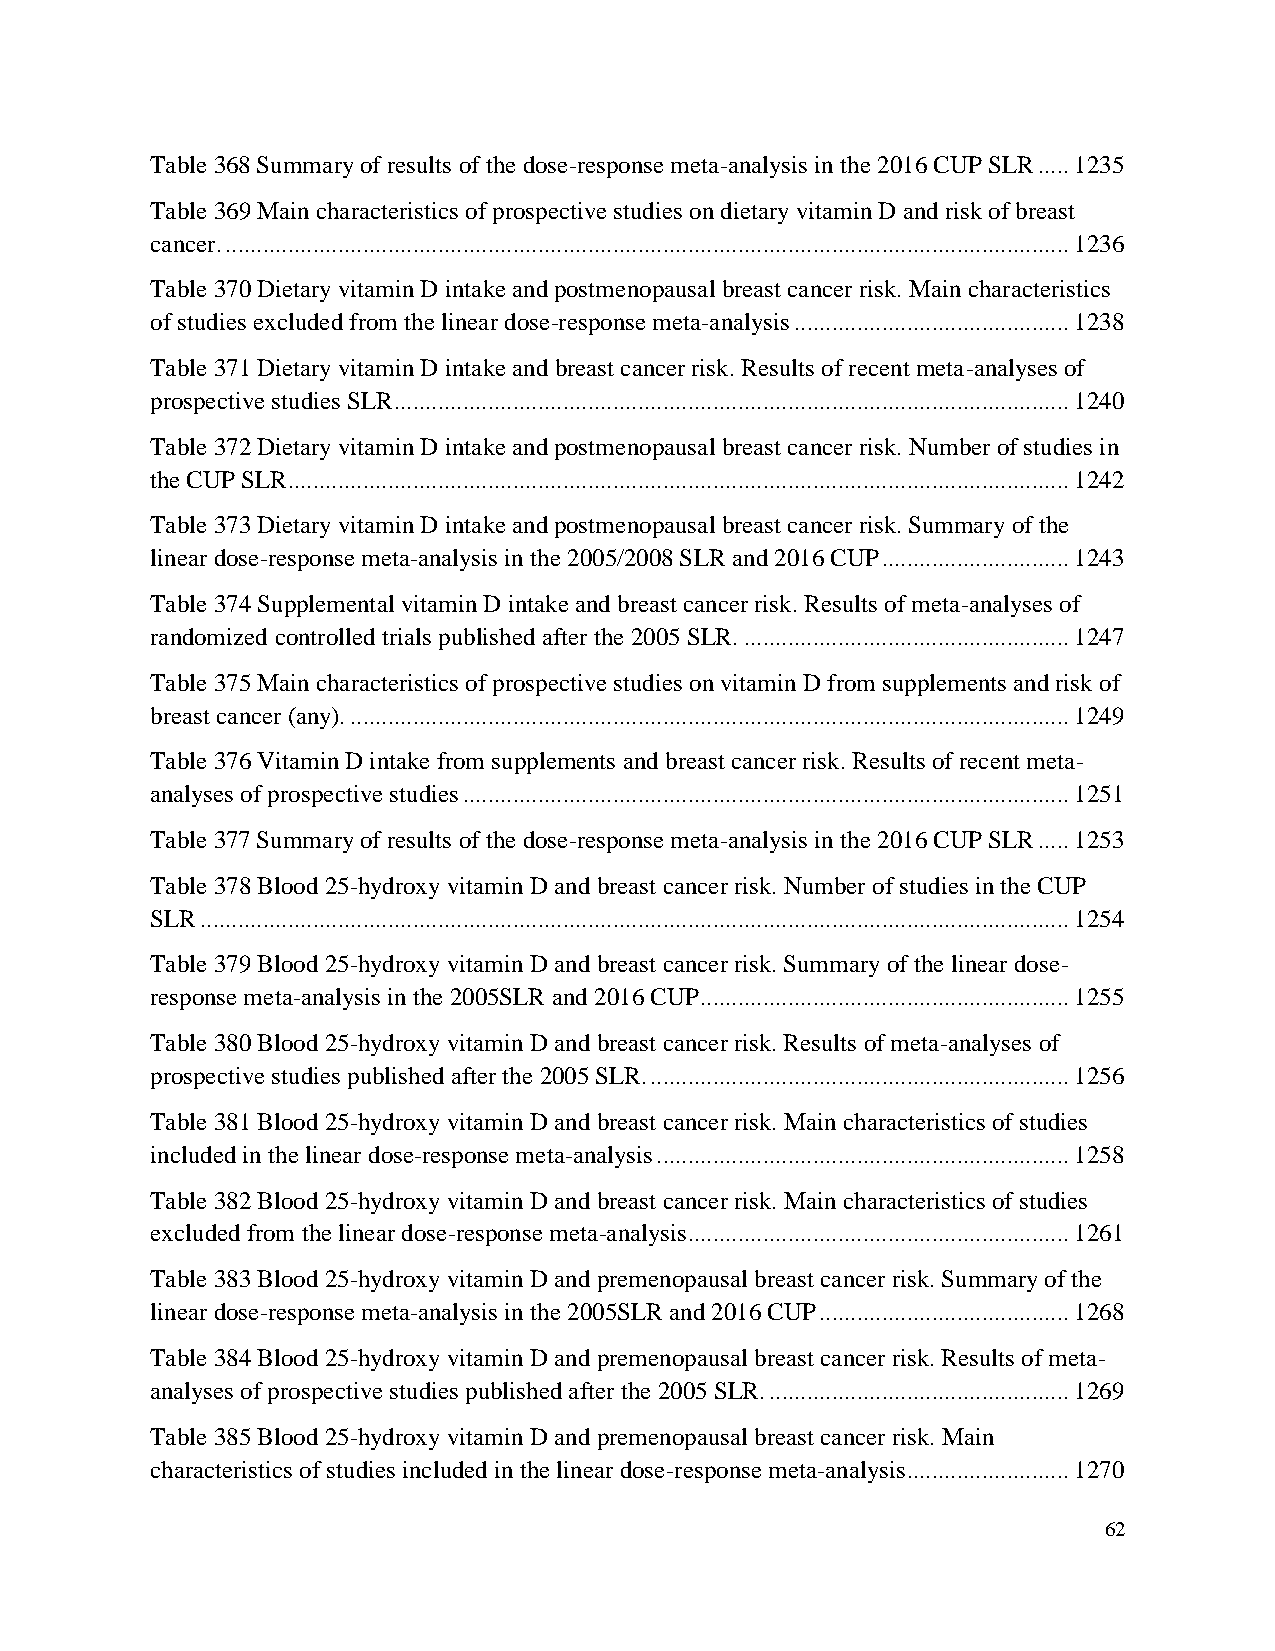
Table 368 Summary of results of the dose-response meta-analysis in the 2016 CUP SLR ..... 1235
 Table 369 Main characteristics of prospective studies on dietary vitamin D and risk of breast
 cancer. ....................................................................................................................................... 1236
 Table 370 Dietary vitamin D intake and postmenopausal breast cancer risk. Main characteristics
 of studies excluded from the linear dose-response meta-analysis ............................................ 1238
 Table 371 Dietary vitamin D intake and breast cancer risk. Results of recent meta-analyses of
 prospective studies SLR ............................................................................................................ 1240
 Table 372 Dietary vitamin D intake and postmenopausal breast cancer risk. Number of studies in
 the CUP SLR............................................................................................................................. 1242
 Table 373 Dietary vitamin D intake and postmenopausal breast cancer risk. Summary of the
 linear dose-response meta-analysis in the 2005/2008 SLR and 2016 CUP .............................. 1243
 Table 374 Supplemental vitamin D intake and breast cancer risk. Results of meta-analyses of
 randomized controlled trials published after the 2005 SLR. .................................................... 1247
 Table 375 Main characteristics of prospective studies on vitamin D from supplements and risk of
 breast cancer (any). ................................................................................................................... 1249
 Table 376 Vitamin D intake from supplements and breast cancer risk. Results of recent meta-
 analyses of prospective studies ................................................................................................. 1251
 Table 377 Summary of results of the dose-response meta-analysis in the 2016 CUP SLR ..... 1253
 Table 378 Blood 25-hydroxy vitamin D and breast cancer risk. Number of studies in the CUP
 SLR ........................................................................................................................................... 1254
 Table 379 Blood 25-hydroxy vitamin D and breast cancer risk. Summary of the linear dose-
 response meta-analysis in the 2005SLR and 2016 CUP ........................................................... 1255
 Table 380 Blood 25-hydroxy vitamin D and breast cancer risk. Results of meta-analyses of
 prospective studies published after the 2005 SLR. ................................................................... 1256
 Table 381 Blood 25-hydroxy vitamin D and breast cancer risk. Main characteristics of studies
 included in the linear dose-response meta-analysis .................................................................. 1258
 Table 382 Blood 25-hydroxy vitamin D and breast cancer risk. Main characteristics of studies
 excluded from the linear dose-response meta-analysis ............................................................. 1261
 Table 383 Blood 25-hydroxy vitamin D and premenopausal breast cancer risk. Summary of the
 linear dose-response meta-analysis in the 2005SLR and 2016 CUP ........................................ 1268
 Table 384 Blood 25-hydroxy vitamin D and premenopausal breast cancer risk. Results of meta-
 analyses of prospective studies published after the 2005 SLR. ................................................ 1269
 Table 385 Blood 25-hydroxy vitamin D and premenopausal breast cancer risk. Main
 characteristics of studies included in the linear dose-response meta-analysis .......................... 1270
 62